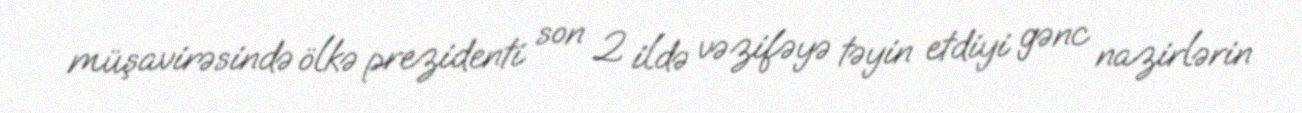
müşavirəsində ölkə prezidenti son 2 ildə vəzifəyə təyin etdiyi gənc nazirlərin